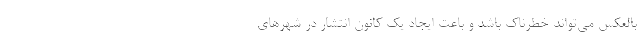
بالعکس می‌تواند خطرناک باشد و باعت ایجاد یک کانون انتشار در شهر‌های